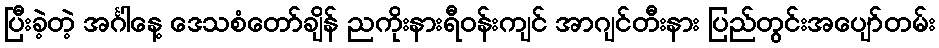
ပြီးခဲ့တဲ့ အင်္ဂါနေ့ ဒေသစံတော်ချိန် ညကိုးနားရီဝန်းကျင် အာဂျင်တီးနား ပြည်တွင်းအပျော်တမ်း